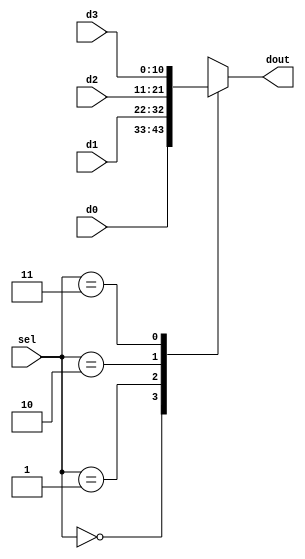
//11-bit 4x1 mux
module mux_4x1_us(dout,d0,d1,d2,d3,sel);
	output reg [10:0] dout;
	input [10:0] d0,d1,d2,d3;
	input [1:0] sel;
	always @(*)
	begin
		case(sel)
		2'b00: dout <= d0;
		2'b01: dout <= d1;
		2'b10: dout <= d2;
		2'b11: dout <= d3;
		default: dout <= 11'dz;
		endcase
	end
endmodule